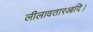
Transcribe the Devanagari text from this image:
लीलावतारआदि।